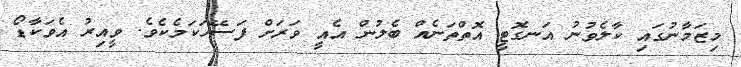
މިޒަމާނުގައި ކާލެވުނު އަނގޮޓީ އޮތްތަނެއް ބެލުން އެއީ ވަރަށް ފަސޭހަކަމެކެވެ. ވީއިރު އެވަކާޑޯ